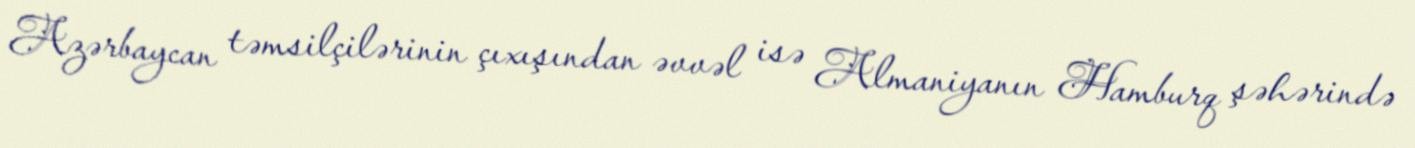
Azərbaycan təmsilçilərinin çıxışından əvvəl isə Almaniyanın Hamburq şəhərində